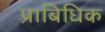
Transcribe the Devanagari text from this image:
प्राबिधिक